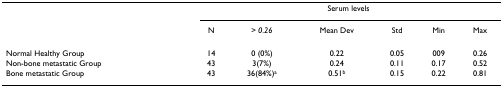
<table><thead><tr><td></td><td colspan="6"><b>Serum levels</b></td></tr><tr><td></td><td><b>N</b></td><td><b><i>&gt; 0.26</i></b></td><td><b>Mean Dev</b></td><td><b>Std</b></td><td><b>Min</b></td><td><b>Max</b></td></tr></thead><tbody><tr><td>Normal Healthy Group</td><td>14</td><td>0 (0%)</td><td>0.22</td><td>0.05</td><td>009</td><td>0.26</td></tr><tr><td>Non-bone metastatic Group</td><td>43</td><td>3(7%)</td><td>0.24</td><td>0.11</td><td>0.17</td><td>0.52</td></tr><tr><td>Bone metastatic Group</td><td>43</td><td>36(84%)<sup>a</sup></td><td>0.51<sup>b</sup></td><td>0.15</td><td>0.22</td><td>0.81</td></tr></tbody></table>